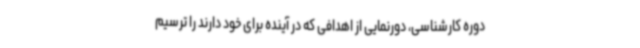
دوره کارشناسی، دورنمایی از اهدافی که در آینده برای خود دارند را ترسیم